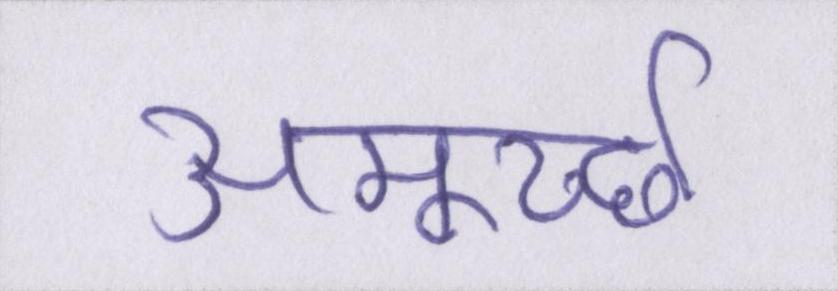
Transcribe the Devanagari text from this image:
अमूर्च्छा